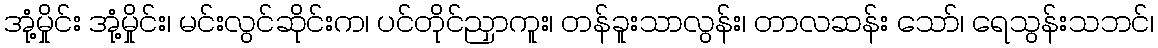
အုံ့မှိုင်း အုံ့မှိုင်း၊ မင်းလွင်ဆိုင်းက၊ ပင်တိုင်ညှာကူး၊ တန်ခူးသာလွန်း၊ တာလဆန်း သော်၊ ရေသွန်းသဘင်၊